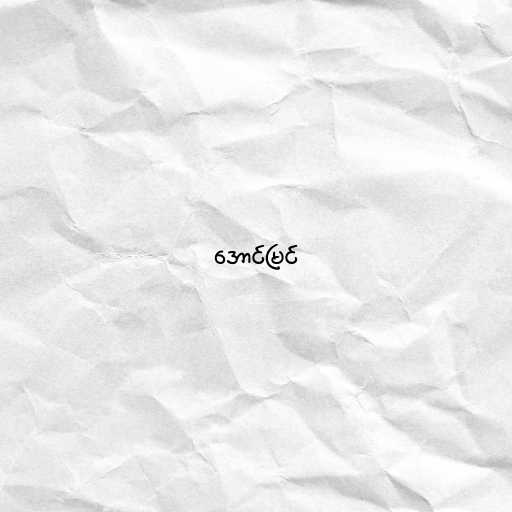
အောင်မြင်